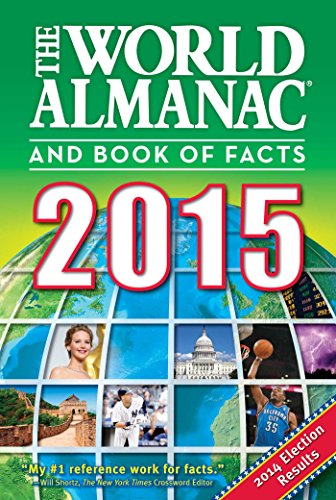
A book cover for The World Almanac and Book of Facts 2015; Reference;